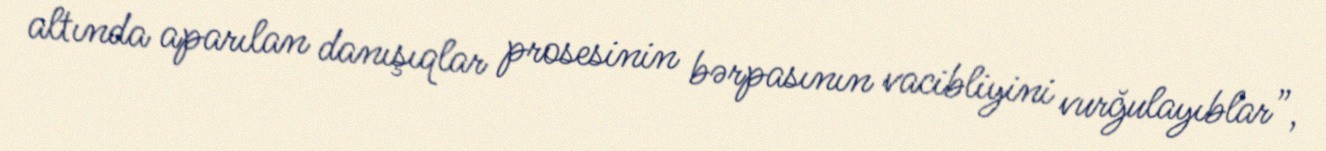
altında aparılan danışıqlar prosesinin bərpasının vacibliyini vurğulayıblar”,